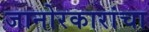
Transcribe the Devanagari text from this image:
जानोरकारांचा